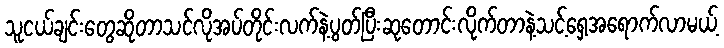
သူငယ်ချင်းတွေဆိုတာသင်လိုအပ်တိုင်းလက်နဲ့ပွတ်ပြီးဆုတောင်းလိုက်တာနဲ့သင့်ရှေ့အရောက်လာမယ့်